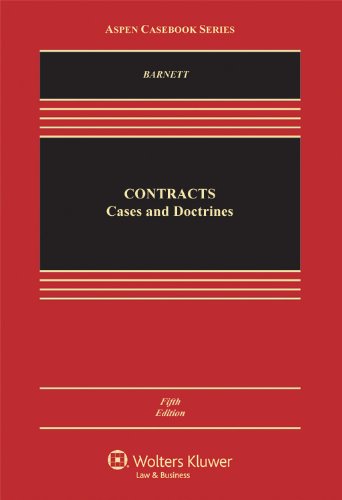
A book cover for Contracts: Cases and Doctrines (Aspen Casebook Series), 5th Edition; Randy E. Barnett; Law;